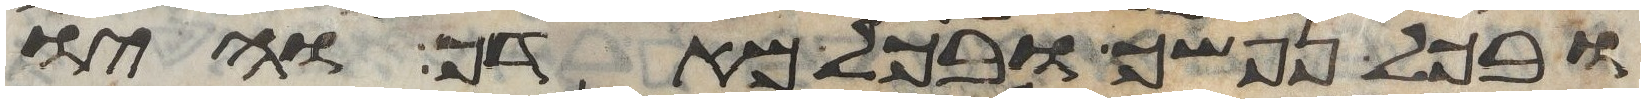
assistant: ובכל נפשך ובכל מאדך והיו